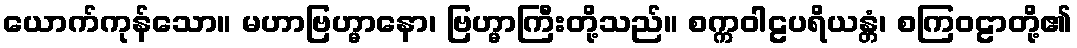
ယောက်ကုန်သော။ မဟာဗြဟ္မာနော၊ ဗြဟ္မာကြီးတို့သည်။ စက္ကဝါဠပရိယန္တံ၊ စကြဝဠာတို့၏